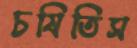
চষিতিস